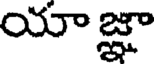
యాజ్ఞా